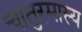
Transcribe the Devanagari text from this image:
चातुरमास्य